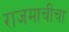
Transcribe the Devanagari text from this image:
राजमाचीचा